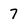
Character: 7